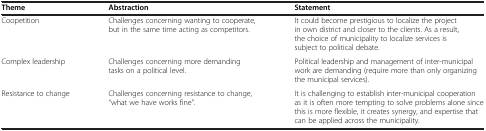
<table><thead><tr><td><b>Theme</b></td><td><b>Abstraction</b></td><td><b>Statement</b></td></tr></thead><tbody><tr><td>Coopetition</td><td>Challenges concerning wanting to cooperate, but in the same time acting as competitors.</td><td>It could become prestigious to localize the project in own district and closer to the clients. As a result, the choice of municipality to localize services is subject to political debate.</td></tr><tr><td>Complex leadership</td><td>Challenges concerning more demanding tasks on a political level.</td><td>Political leadership and management of inter-municipal work are demanding (require more than only organizing the municipal services).</td></tr><tr><td>Resistance to change</td><td>Challenges concerning resistance to change, “what we have works fine”.</td><td>It is challenging to establish inter-municipal cooperation as it is often more tempting to solve problems alone since this is more flexible, it creates synergy, and expertise that can be applied across the municipality.</td></tr></tbody></table>